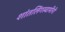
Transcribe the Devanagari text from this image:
शांतलिंगस्वामींनी